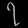
Digit: ၇